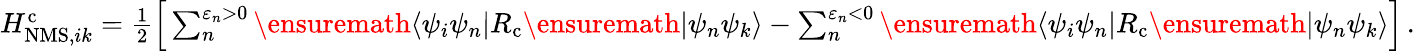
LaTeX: \begin{array}{r}{H_{\mathrm{NMS},ik}^{\mathrm{c}}=\frac{1}{2}\left[\, \sum_{n}^{\varepsilon_{n}>0}\ensuremath{\langle\psi_{i}\psi_{n}|}{R}_{\mathrm{c}}\ensuremath{|\psi_{n}\psi_{k}\rangle}-\sum_{n}^{\varepsilon_{n}<0}\ensuremath{\langle\psi_{i}\psi_{n}|}{R}_{\mathrm{c}}\ensuremath{|\psi_{n}\psi_{k}\rangle}\right]\, .}\end{array}